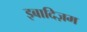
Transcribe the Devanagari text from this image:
इबादिज़म